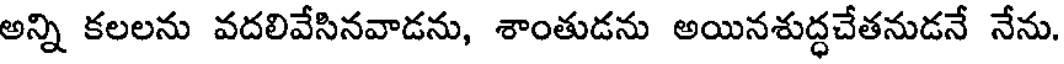
అన్ని కలలను వదలివేసినవాడను, శాంతుడను అయినశుద్ధచేతనుడనే నేను